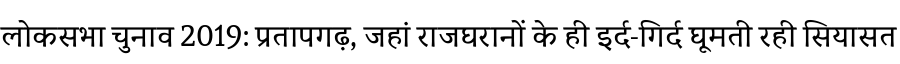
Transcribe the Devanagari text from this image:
लोकसभा चुनाव 2019: प्रतापगढ़, जहां राजघरानों के ही इर्द-गिर्द घूमती रही सियासत